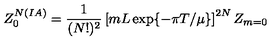
Z _ { 0 } ^ { N ( I A ) } = \frac { 1 } { ( N ! ) ^ { 2 } } \left[ m L \exp \{ - \pi T / \mu \} \right] ^ { 2 N } Z _ { m = 0 }